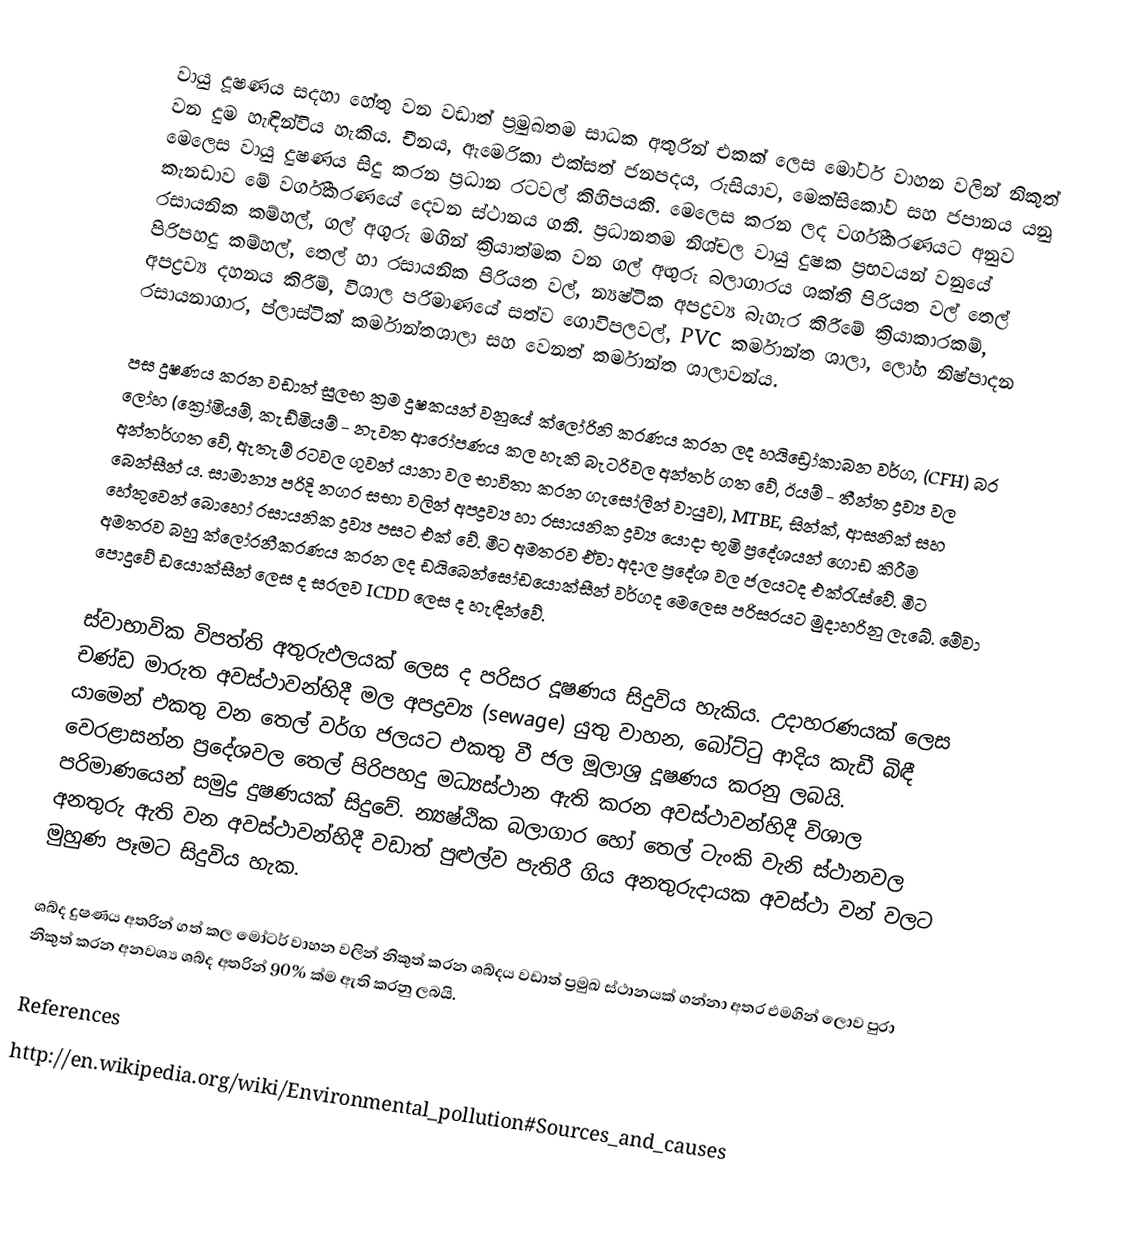
වායු දූෂණය සදහා හේතු වන වඩාත් ප්‍රමුඛතම සාධක අතුරින් එකක් ලෙස මෝටර් වාහන වලින් නිකුත් වන දුම හැඳින්විය හැකිය. චීනය, ඇමෙරිකා එක්සත් ජනපදය, රුසියාව, මෙක්සිකෝව සහ ජපානය යනු මෙලෙස වායු දුෂණය සිදු කරන ප්‍රධාන රටවල් කිහිපයකි. මෙලෙස කරන ලද වර්ගීකරණයට අනුව කැනඩාව මේ වර්ගීකරණයේ දෙවන ස්ථානය ගනී‍‍‍. ප්‍රධානතම නිශ්චල වායු දුෂක ප්‍රභවයන් වනුයේ රසායනික කම්හල්, ගල් අගුරු මගින් ක්‍රියාත්මක වන ගල් අඟුරු බලාගාරය ශක්ති පිරියත වල් තෙල් පිරිපහදු කම්හල්, තෙල් හා රසායනික පිරියත වල්, න්‍යෂ්ටික අපද්‍රව්‍ය බැහැර කිරීමේ ක්‍රියාකාරකම්, අපද්‍රව්‍ය දහනය කිරීම්, විශාල පරිමාණයේ සත්ව ගොවිපලවල්, PVC කර්මාන්ත ශාලා, ලෝහ නිෂ්පාදන රසායනාගාර, ප්ලාස්ටික් කර්මාන්තශාලා සහ වෙනත් කර්මාන්ත ශාලාවන්ය.

පස දුෂණය කරන වඩාත් සුලභ ක්‍රම දුෂකයන් වනුයේ ක්ලෝරිනි කරණය කරන ලද හයිඩ්‍රෝකාබන වර්ග, (CFH) බර ලෝහ (ක්‍රෝමියම්, කැඩ්මියම් - නැවත ආරෝපණය කල හැකි බැටරිවල අන්තර් ගත වේ, ඊයම් - තීන්ත ද්‍රව්‍ය වල අන්තර්ගත වේ, ඇතැම් රටවල ගුවන් යානා වල භාවිතා කරන ගැසෝලීන් වායුව), MTBE, සින්ක්, ආසනික් සහ බෙන්සීන් ය. සාමාන්‍ය පරිදි නගර සභා වලින් අපද්‍රව්‍ය හා රසායනික ද්‍රව්‍ය යොදා භූමි ප්‍රදේශයන් ගොඩ කිරීම හේතුවෙන් බොහෝ රසායනික ද්‍රව්‍ය පසට එක් වේ. මීට අමතරව ඒවා අදාල ප්‍රදේශ වල ජලයටද එක්රැස්වේ. මීට අමතරව බහු ක්ලෝරනීකරණය කරන ලද ඩයිබෙන්සෝඩයොක්සීන් වර්ගද මෙලෙස පරිසරයට මුදාහරිනු ලැබේ. මේවා පොදුවේ ඩයොක්සීන් ලෙස ද සරලව ICDD ලෙස ද හැඳින්වේ.

ස්වාභාවික විපත්ති අතුරුඵලයක් ලෙස ද පරිසර දූෂණය සිදුවිය හැකිය. උදාහරණයක් ලෙස චණ්ඩ මාරුත අවස්ථාවන්හිදී මල අපද්‍රව්‍ය (sewage) යුතු වාහන, බෝට්ටු ආදිය කැඩී බිඳී යාමෙන් එකතු වන තෙල් වර්ග ජලයට එකතු වී ජල මූලාශ්‍ර දූෂණය කරනු ලබයි. වෙරළාසන්න ප්‍රදේශවල තෙල් පිරිපහදු මධ්‍යස්ථාන ඇති කරන අවස්ථාවන්හිදී විශාල පරිමාණයෙන් සමුද්‍ර දුෂණයක් සිදුවේ. න්‍යෂ්ඨික බලාගාර හෝ තෙල් ටැංකි වැනි ස්ථානවල අනතුරු ඇති වන අවස්ථාවන්හිදී වඩාත් පුළුල්ව පැතිරී ගිය අනතුරුදායක අවස්ථා වන් වලට මුහුණ පෑමට සිදුවිය හැක.

ශබ්ද දුෂණය අතරින් ගත් කල මෝටර් වාහන වලින් නිකුත් කරන ශබ්දය වඩාත් ප්‍රමුඛ ස්ථානයක් ගන්නා අතර එමගින් ලොව පුරා නිකුත් කරන අනවශ්‍ය ශබ්ද අතරින් 90% ක්ම ඇති කරනු ලබයි.

References
http://en.wikipedia.org/wiki/Environmental_pollution#Sources_and_causes